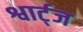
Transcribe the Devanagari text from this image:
श्वार्ट्‌ज